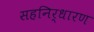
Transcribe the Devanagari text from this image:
सहनिर्धारण